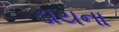
ડાયના